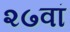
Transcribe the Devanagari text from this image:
२७वां